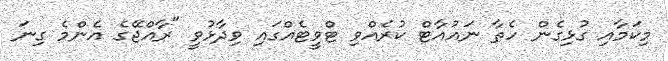
މިކަމާއި ގުޅިގެން ހެތާ ނައުއާޓް ކުރެއްވި ޓްވީޓެއްގައި ވިދާޅުވީ "ރާއްޖޭގެ އެންމެ ގިނަ